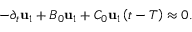
- \partial _ { t } \mathbf { u } _ { 1 } + { \cal B } _ { 0 } \mathbf { u } _ { 1 } + { \cal C } _ { 0 } \mathbf { u } _ { 1 } \left( t - T \right) \approx 0 .